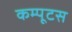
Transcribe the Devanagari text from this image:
कम्पूटस